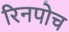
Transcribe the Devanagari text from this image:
रिनपोच